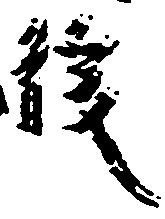
後